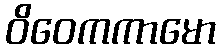
ဝိဝေကကာမော